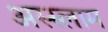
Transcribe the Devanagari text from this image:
अस्‍स्‍लाम